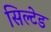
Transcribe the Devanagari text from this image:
सिल्टेड